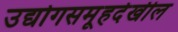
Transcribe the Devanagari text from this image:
उद्योगसमूहदेखील